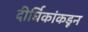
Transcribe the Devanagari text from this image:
दीर्घिकांकडून